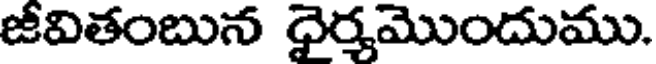
జీవితంబున ధైర్మమొందుము.